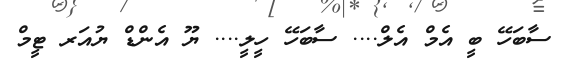
ސާބަހޭ ބީ އެމް އެލް.... ސާބަހޭ ހީލީ.... ޔޫ އެންޑް ޔުއަރ ޓީމް